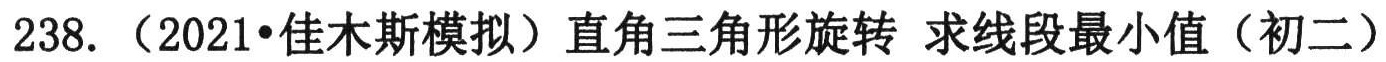
238. （2021•佳木斯模拟）直角三角形旋转 求线段最小值（初二）